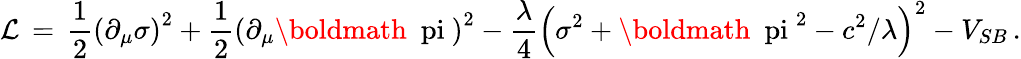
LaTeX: {\cal L}\, =\, \frac{1}{2}\left(\partial_{\mu}\sigma\right)^{2}+\frac{1}{2}\left(\partial_{\mu}\mathrm{\boldmath~\ pi~}\right)^{2}-\frac{\lambda}{4}\left(\sigma^{2}+\mathrm{\boldmath~\ pi~}^{2}-c^{2}/\lambda\right)^{2}-V_{SB}\, .